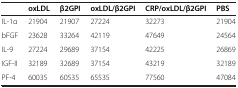
|  | oxLDL | β2GPI | oxLDL/β2GPI | CRP/oxLDL/β2GPI | PBS |
 | --- | --- | --- | --- | --- | --- |
 | IL-1α | 21904 | 21907 | 27224 | 32273 | 21904 |
 | bFGF | 23628 | 33264 | 42119 | 47649 | 24564 |
 | IL-9 | 27224 | 29689 | 37154 | 42225 | 26869 |
 | IGF-II | 32189 | 32689 | 37154 | 43219 | 32189 |
 | PF-4 | 60035 | 60535 | 65535 | 77560 | 47084 |